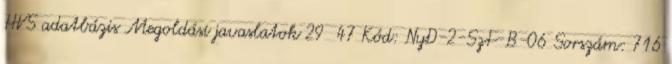
HVS adatbázis Megoldási javaslatok 29 47 Kód: NyD-2-SzF-B-06 Sorszám: 716